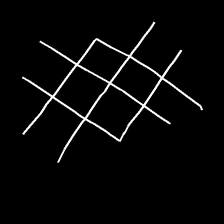
Glyph: crystal